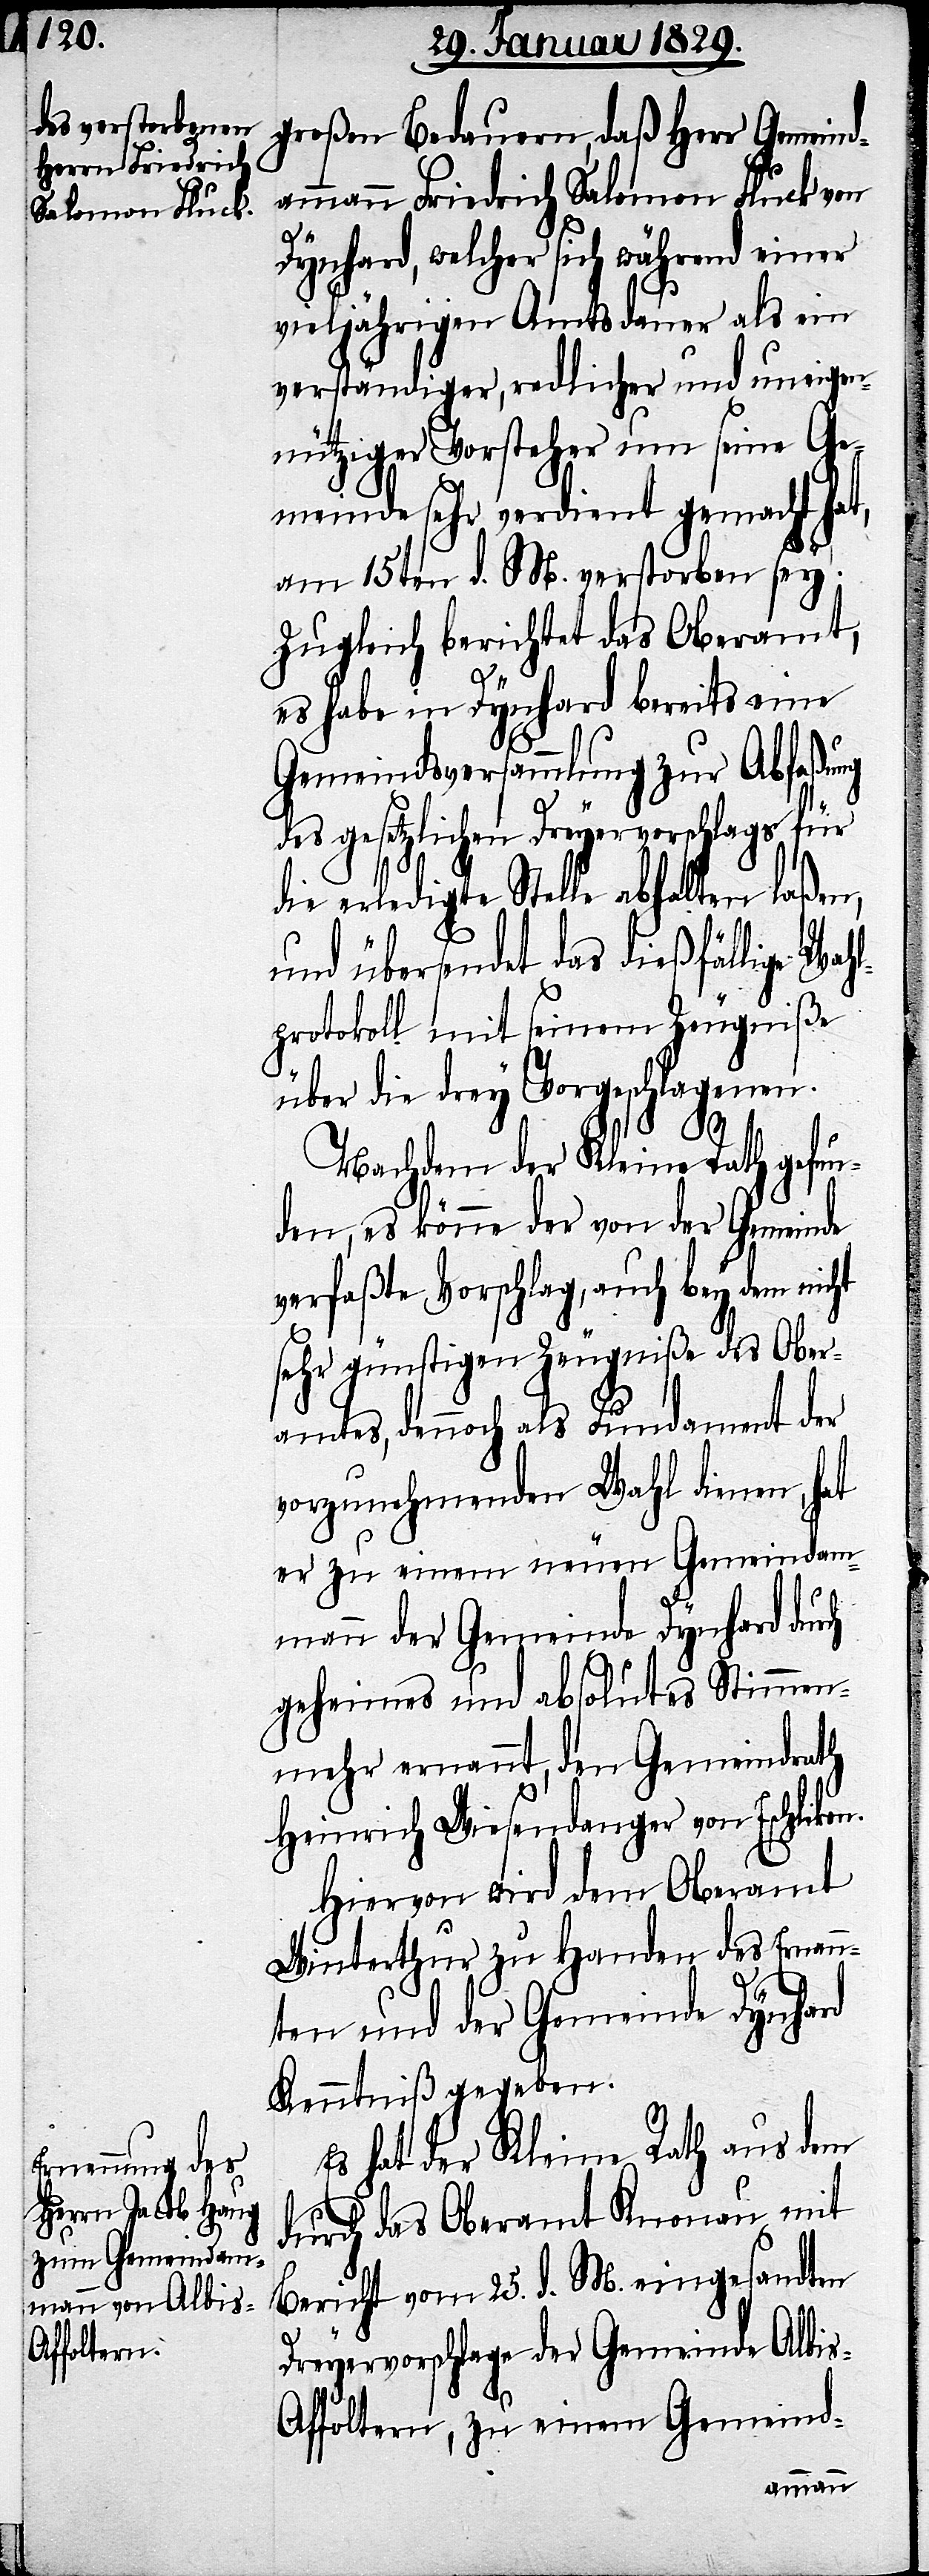
großen Bedauern, daß Herr Gemeind¬
ammann Friedrich Salomon Fluck von
Dynhard, welcher sich während einer
vieljährigen Amtsdauer als ein
verständiger, redlicher und uneigen¬
nütziger Vorsteher um seine Ge¬
meinde sehr verdient gemacht hat,
am 15ten d. M. verstorben sey.
Zugleich berichtet das Oberamt,
es habe in Dynhard bereits eine
Gemeindsversammlung zu Abfaßung
des gesetzlichen Dreyervorschlags für
die erledigte Stelle abhalten laßen,
und übersendet das dießfällige Wah¬
lprotokoll mit seinem Zeugniße
über die drey Vorgeschlagenen.
n.
Nachdem der Kleine Rath gefun¬
den, es könne der von der Gemeinde
verfaßte Vorschlag, auch bey dem nicht
sehr günstigen Zeugniße des Ober¬
amtes, dennoch als Fundament der
vorzunehmenden Wahl dienen, hat
er zu einem neuen Gemeindam¬
mann der Gemeinde Dynhard durch
geheimes und absolutes Stimmen¬
mehr ernannt, den Gemeindrath
Heinrich Wiesendanger von Eschliko¬
Hiervon wird dem Oberamt
Winterthur zu Handen des Ernann¬
ten und der Gemeinde Dynhard
Kenntniß gegeben.
Es hat der Kleine Rath aus dem
durch das Oberamt Knonau mit
Bericht vom 25. d. M. eingesandten
Dreyervorschlags der Gemeinde Albi¬
s-Affoltern, zu einem Gemeind-